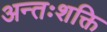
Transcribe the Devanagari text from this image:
अन्तःशक्ति